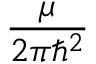
\frac { \mu } { 2 \pi \hbar ^ { 2 } }